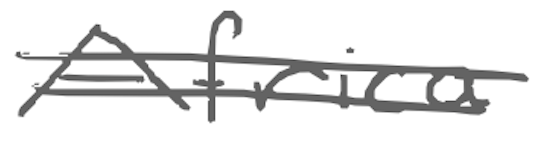
Text: Africa
Cross-out: double-line
Writing tool: digital_gray